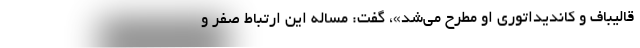
قالیباف و کاندیداتوری او مطرح می‌شد»، گفت: مساله این ارتباط صفر و